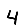
Digit: 4